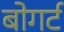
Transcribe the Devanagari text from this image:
बोगर्ट